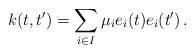
LaTeX: \begin{align*}k(t, t') = \sum_{i\in I} \mu_i e_i(t) e_i(t')\, .\end{align*}